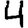
Digit: 4